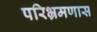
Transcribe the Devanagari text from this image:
परिभ्रमणास